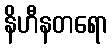
နိဟီနတရော